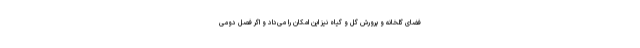
فضای گلخانه و پرورش گل و گیاه نیز این امکان را می‌داد و اگر فصل دومی